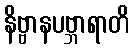
နိဗ္ဗာနပဗ္ဘာရာတိ